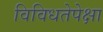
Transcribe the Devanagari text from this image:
विविधतेपेक्षा